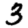
Digit: 3